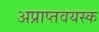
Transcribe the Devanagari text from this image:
अप्राप्तवयस्क